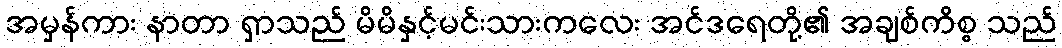
အမှန်ကား နာတာ ရှာသည် မိမိနှင့်မင်းသားကလေး အင်ဒရေတို့၏ အချစ်ကိစ္စ သည်